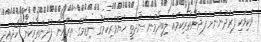
ވަކިވަކި ފަރުދުންނަށް ފުދުންތެރިކަމެއް ލިބިދެމުން ނުދާތީ ހެޔޮވެރިކަމުގެ ނިޒާމުގެ ތެރެއިން ފުދުންތެރިކަން ހޯދައިދީ